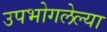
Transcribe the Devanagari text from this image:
उपभोगलेल्या